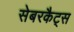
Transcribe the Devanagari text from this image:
सेबरकैट्स